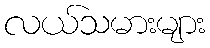
လယ်သမားများ